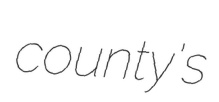
county's